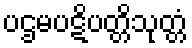
ပဌမပဋိပတ္တိသုတ္တံ